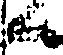
候